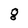
Character: g